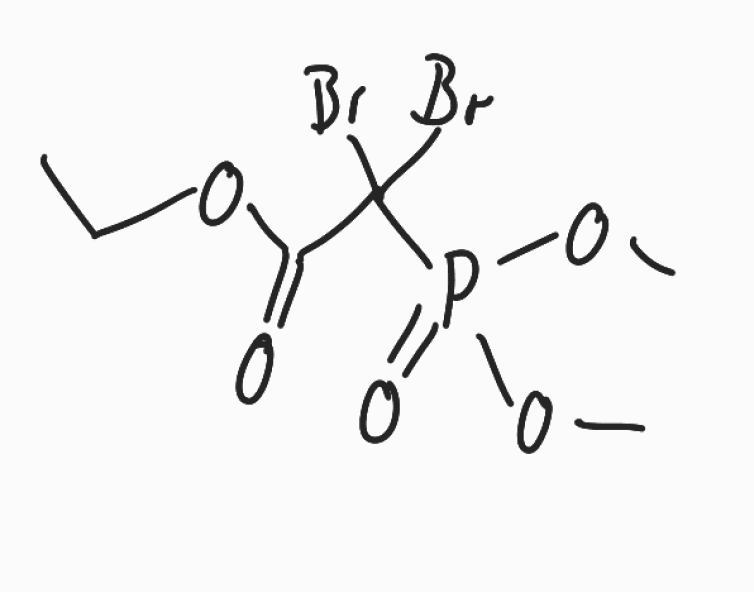
Simplified molecular-input line-entry system (SMILES) notation of the given molecule:
CCOC(=O)C(P(=O)(OC)OC)(Br)Br